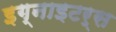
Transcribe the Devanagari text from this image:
इग्नाइटर्स